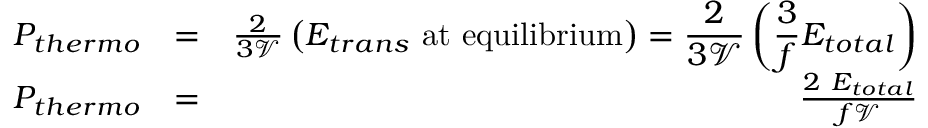
\begin{array} { r l r } { P _ { t h e r m o } } & { = } & { \frac { 2 } { 3 \mathcal { V } } \displaystyle \left( E _ { t r a n s } ~ \mathrm { a t ~ e q u i l i b r i u m } \right) = \frac { 2 } { 3 \mathcal { V } } \left( \frac { 3 } { f } E _ { t o t a l } \right) } \\ { P _ { { t h e r m o } } } & { = } & { \frac { 2 ~ E _ { t o t a l } } { f \mathcal { V } } } \end{array}